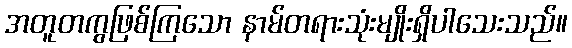
အတူတကွဖြစ်ကြသော နာမ်တရားသုံးမျိုးရှိပါသေးသည်။